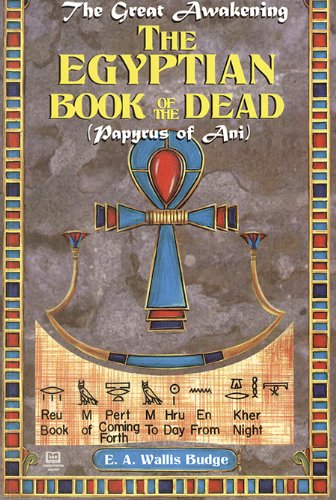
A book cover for The Egyptian Book of the Dead: The Papyrus of Ani; E. A. Wallis Budge; Religion & Spirituality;